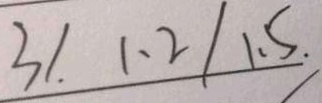
3 / . 1 . 2 / 1 . 5 .